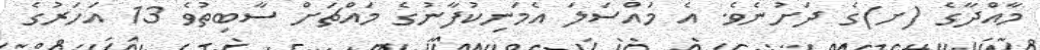
މާއްދާގެ (ށ)ގެ ދަށުނެވެ. އެ މައްސަލަ އެމަނިކުފާނުގެ މައްޗަށް ސާބިތުވެ 13 އަހަރުގެ